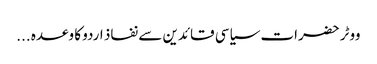
ووٹر حضرات سیاسی قائدین سے نفاذ اردو کا وعدہ ...